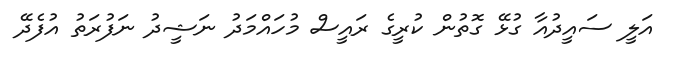
އަލީ ސައީދުއާ ގުޅޭ ގޮތުން ކުރީގެ ރައީސް މުހައްމަދު ނަޝީދު ނަފުރަތު އުފެދޭ